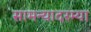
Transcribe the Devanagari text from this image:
सामन्यादरम्या